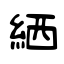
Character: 絤